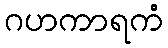
ဂဟကာရကံ